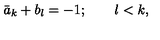
\bar { a } _ { k } + b _ { l } = - 1 ; \quad \quad l < k ,